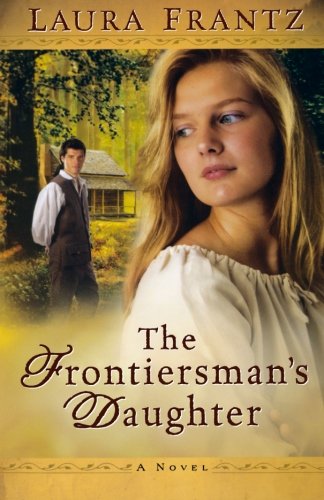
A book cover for The Frontiersman's Daughter: A Novel; Laura Frantz; Romance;